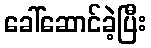
ခေါ်ဆောင်ခဲ့ပြီး